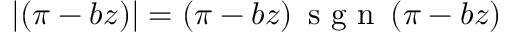
| ( \pi - b z ) | = ( \pi - b z ) \, \mathrm { ~ s ~ g ~ n ~ } \left( \pi - b z \right)